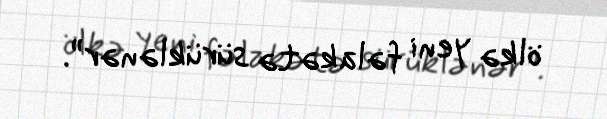
ölkə yeni fəlakətə sürüklənər”.